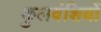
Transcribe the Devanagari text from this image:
कुलवंशियों